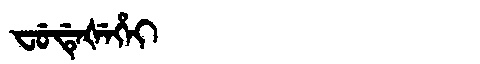
Manchu: ᠸᡠᡩᡝᡧᡝᡥᡝᡳ
Romanization: FUDEŠEHEI